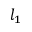
l _ { 1 }